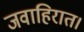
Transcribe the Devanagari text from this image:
जवाहिरात।